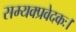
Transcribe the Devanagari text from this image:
सम्यक्प्रवेदकः।